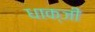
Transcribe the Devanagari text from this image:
धाक्जी